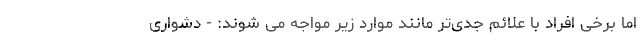
اما برخی افراد با علائم جدی‌تر مانند موارد زیر مواجه می شوند: - دشواری